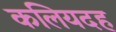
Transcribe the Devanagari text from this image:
कलियदह